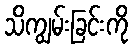
သိကျွမ်းခြင်းကို